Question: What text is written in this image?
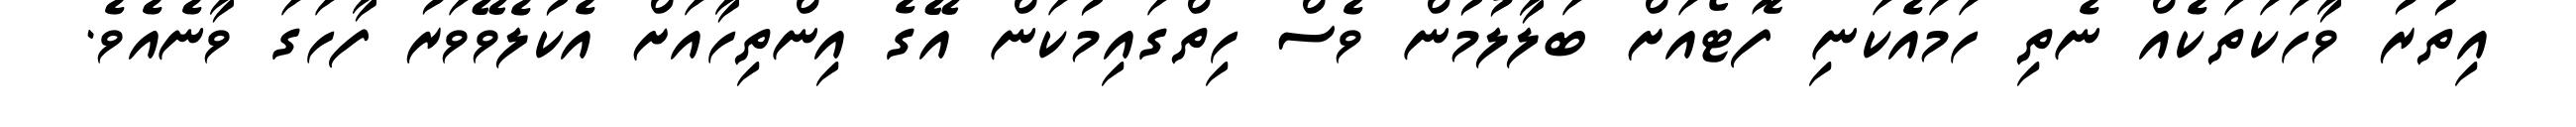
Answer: އިތުރު ވާހަކަތަކެއް ނެތި ހަމައެކަނި ފޮޓޯއަށް ބަލާލުމުން ވެސް ހިތްގައިމުކަން އޭގެ އިންތިހާއަށް އެކުލެވޭވަރު ފާހަގަ ވާނެއެވެ.